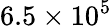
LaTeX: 6.5\times 10^{5}